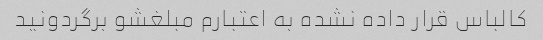
کالباس قرار داده نشده به اعتبارم مبلغشو برگردونید